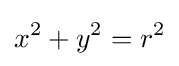
\,\!x^{2}+y^{2}=r^{2}